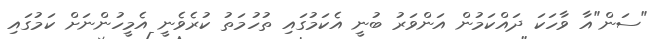
"ސަން"އާ ވާހަކަ ދައްކަމުން އަންވަރު ބުނީ އެކަމުގައި ތުހުމަތު ކުރެވެނީ އެމީހުންނަށް ކަމުގައި